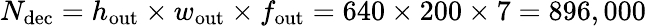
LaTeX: N_{\mathrm{dec}}=h_{\mathrm{out}}\times w_{\mathrm{out}}\times f_{\mathrm{out}}=640\times 200\times 7=896,000